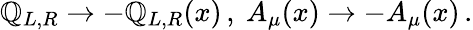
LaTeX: \mathbb{Q}_{L,R}\to-\mathbb{Q}_{L,R}(x)\, ,\ A_{\mu}(x)\to-A_{\mu}(x)\, .